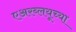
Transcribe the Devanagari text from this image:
एअरब्लयूच्या